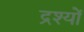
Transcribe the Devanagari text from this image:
द्रश्‍यों